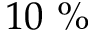
1 0 ~ \%